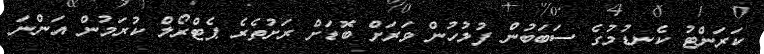
ކަރަންޓު ކެނޑުމުގެ ސަބަބުން ފުލުހުން ވަރަށް ބޮޑަށް ރަށުތެރެ ޕެޓްރޯލް ކުރަމުން އަންނަ